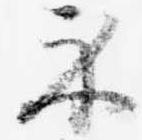
示